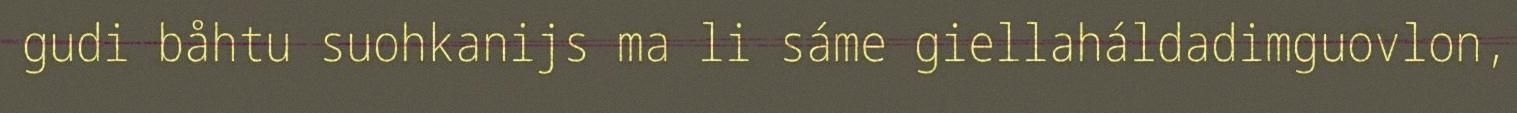
gudi båhtu suohkanijs ma li sáme giellaháldadimguovlon,